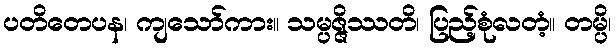
ပတိတေပန၊ ကျသော်ကား။ သမ္ပဇ္ဇိဿတိ၊ ပြည့်စုံလတံ့။ တမ္ပိ၊